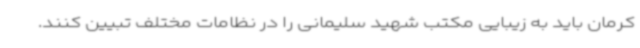
کرمان باید به زیبایی مکتب شهید سلیمانی را در نظامات مختلف تبیین کنند.